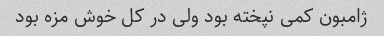
ژامبون کمی نپخته بود ولی در کل خوش مزه بود